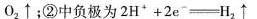
O_{2}\uparrow；②中负极为$$2H^{+}+2e^{-}\xlongequal [ ] {}H_{2}\uparrow $$